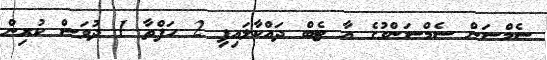
ސެމްސަން ސެމްސަންގުގެ އާ ޓެބް ދައްކާލައިފި 2 ހަފްތާ 1 ދުވަސް ކުރިން